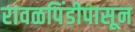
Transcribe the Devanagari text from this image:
रावळपिंडीपासून